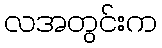
လအတွင်းက